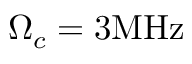
{ \Omega _ { c } } = 3 \mathrm { { M H z } }